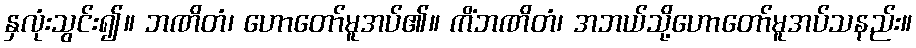
နှလုံးသွင်း၍။ ဘဏိတံ၊ ဟောတော်မူအပ်၏။ ကိံဘဏိတံ၊ အဘယ်သို့ဟောတော်မူအပ်သနည်း။